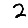
Digit: 2